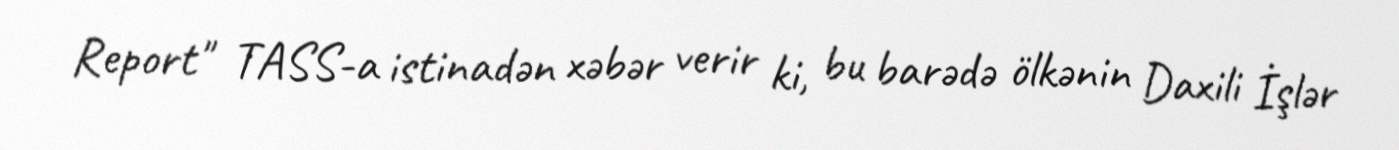
Report" TASS-a istinadən xəbər verir ki, bu barədə ölkənin Daxili İşlər